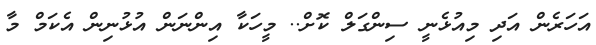
އަހަރެން އަދި މިއުޅެނީ ސިންގަލް ކޮށް.. މީހަކާ އިންނަން އުޅުނިން އެކަމް މާ